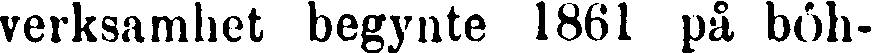
verksamhet begynte 1861 på böh-